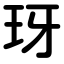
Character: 玡